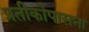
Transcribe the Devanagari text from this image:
प्रतीकोपासना